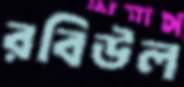
রবিউল